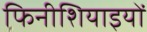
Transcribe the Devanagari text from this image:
फिनीशियाइयों